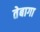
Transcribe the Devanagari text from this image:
तेबागा